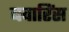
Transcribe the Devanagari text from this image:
बवारिंस